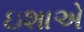
ઇશાએ